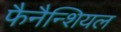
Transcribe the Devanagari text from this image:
फैनैन्शियल